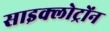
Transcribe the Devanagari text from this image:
साइक्लोट्रोंन